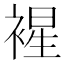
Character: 𧛟